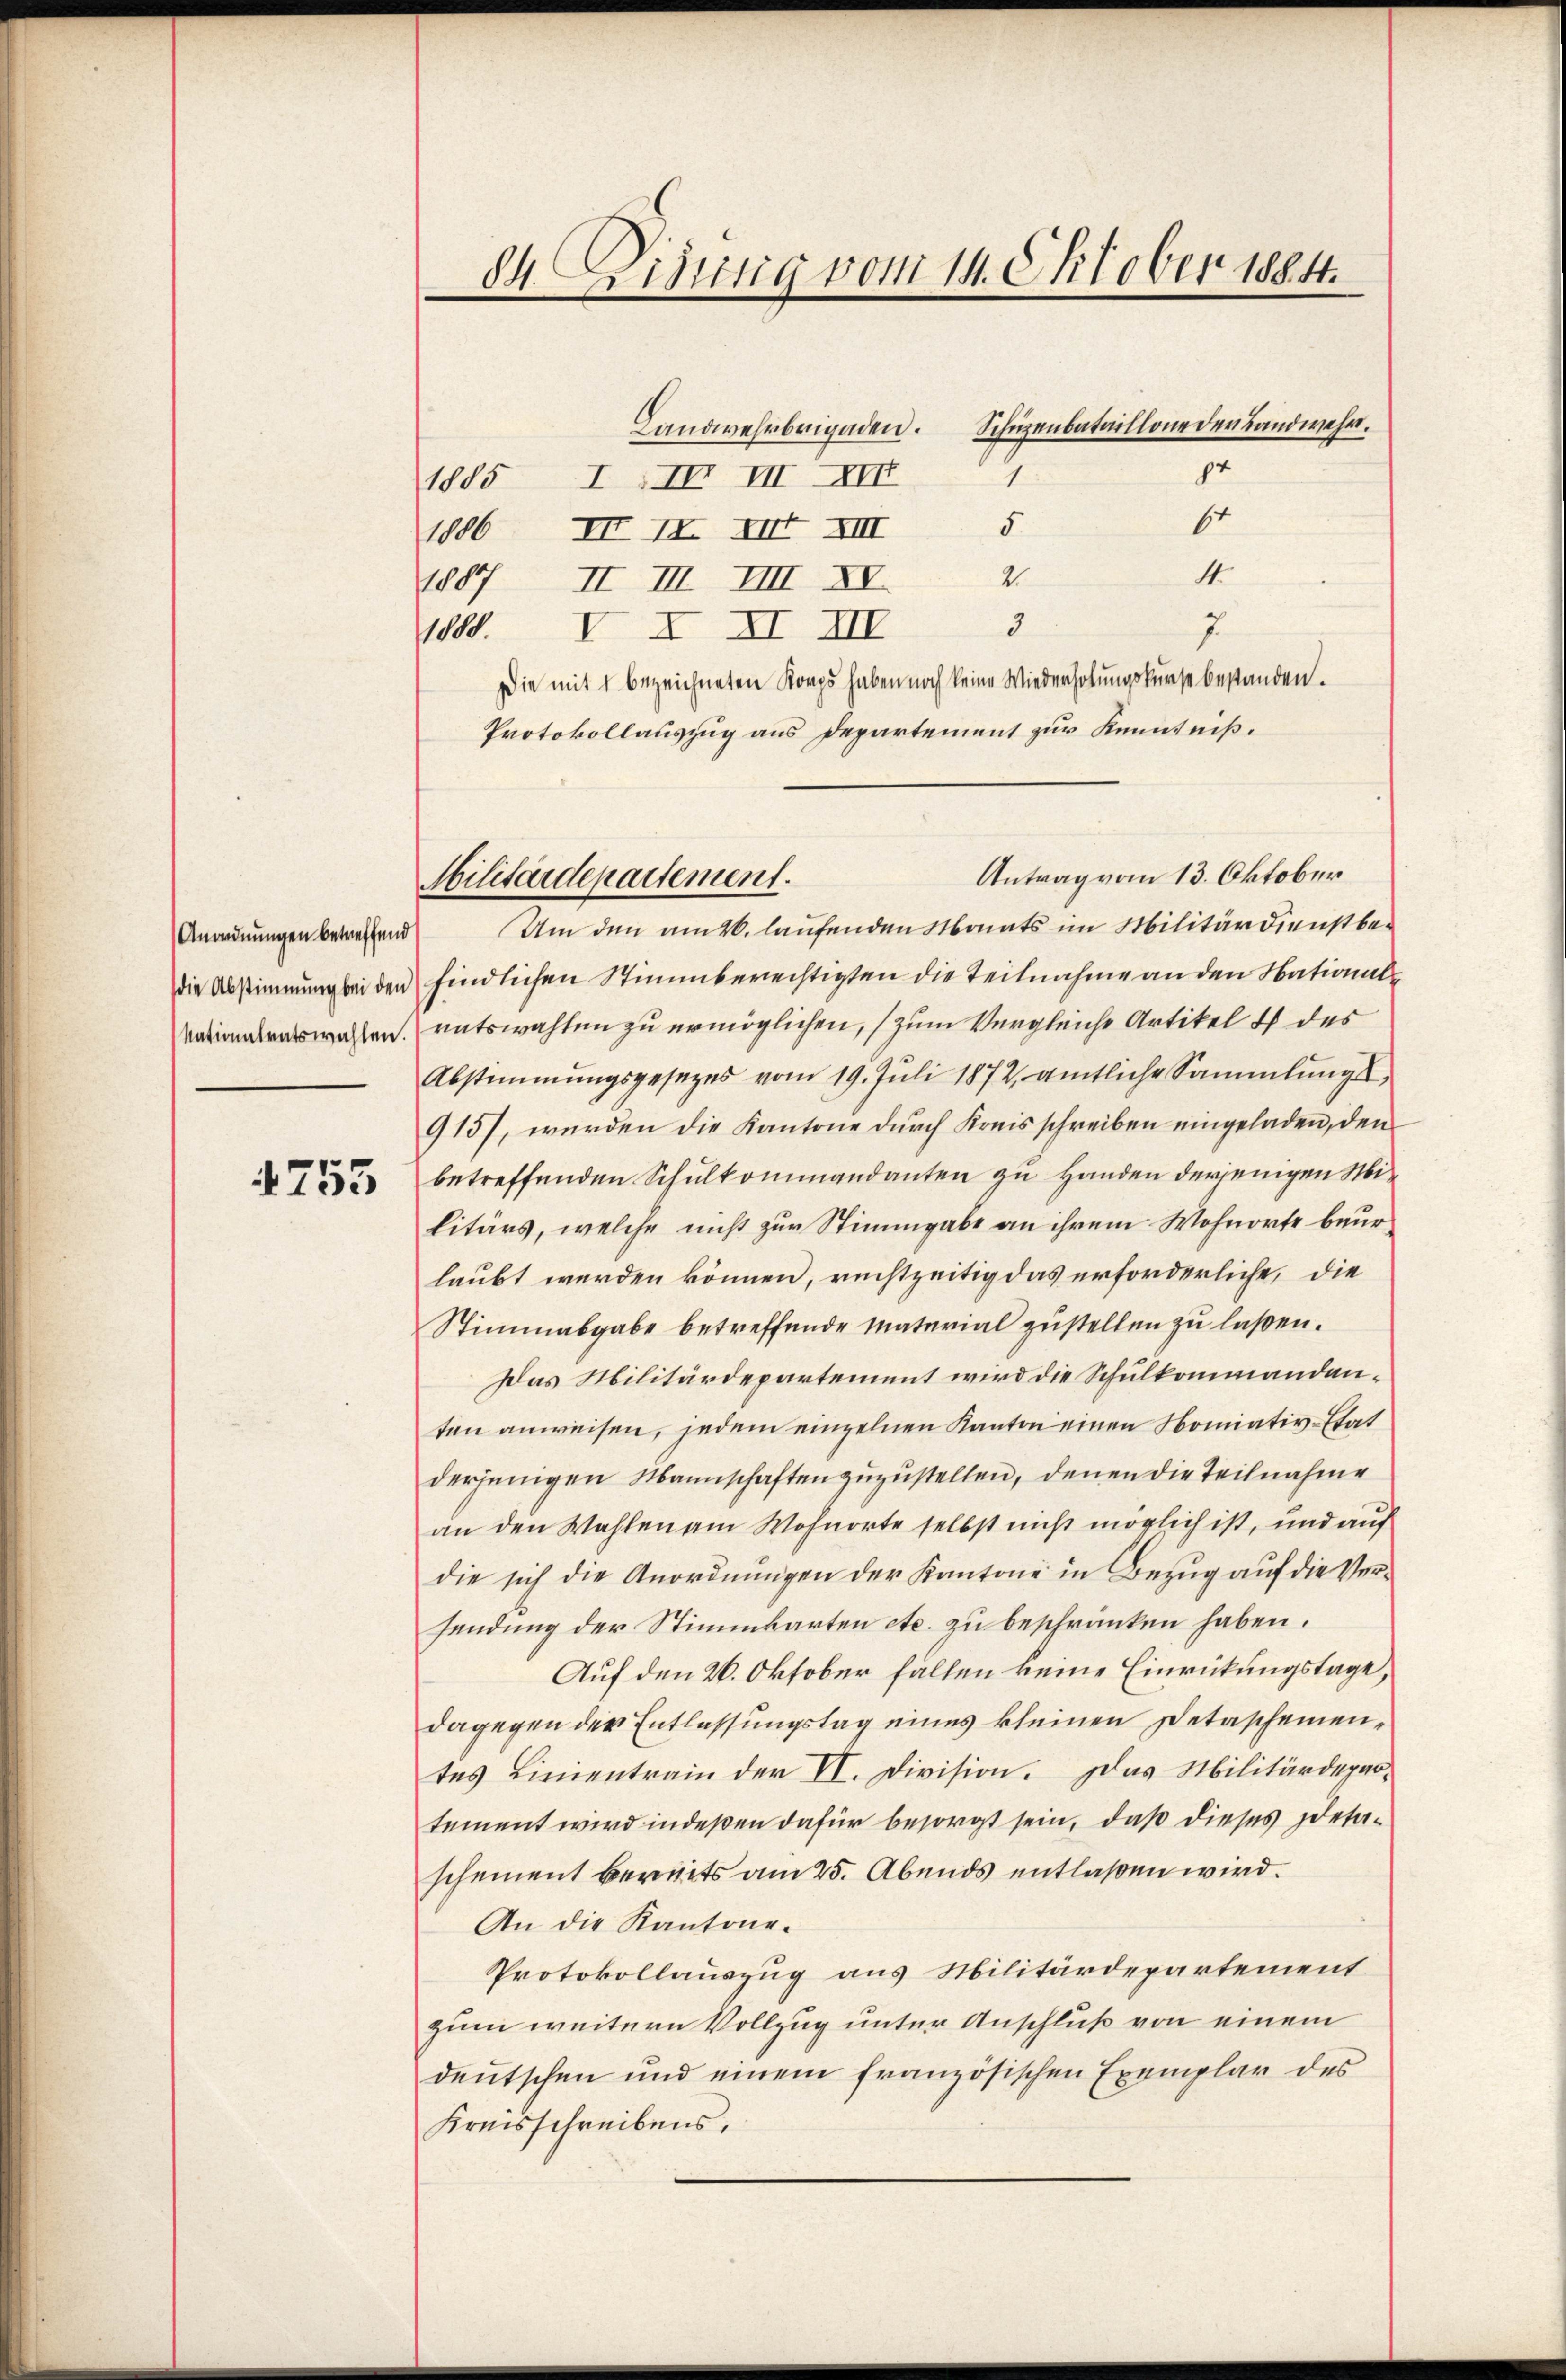
Anordnungen betreffend
die Abstimmung bei den
Nationalratswahlen.

4755

dh. Dirung vom 14. Oktober 1884.

Landwehrbrigaden. Schüzenbataillone der Landwehr.
94
1
1885 I III VII—XVII
64
5
1886 III IX XIII XIII
4
21
1887 II III IIII XI
7
3
V X XI II
1000.
Die mit 1 bezeichneten Korps haben noch keine Wiederholungskurse bestanden.
Protokollauszug aus Departement zur Kenntniß¬
Um den am 26. laufenden Monats im Militärdienstbefindlichen Stimmberechtigten die Teilnahme an den Nationalratswahlen zu ermöglichen, (zum Vergleiche Artikel u des
Abstimmungsgesezes vom 19. Jŭli 1872, amtliche Sammlungs-
915), werden die Kantone durch Kreisschreiben eingeladen, den
betreffenden Schulkommandanten zu Handen derjenigen Militärs, welche nicht zur Stimmgabe an ihrem Wohnorte beurlaubt werden können, rechtzeitig das erforderliche, die
Stimmabgabe betreffende Material zustellen zu laßen.
Das Militärdepartement wird die Schulkommandanten anweisen, jedem einzelnen Kanton einen Nomiativ-Etat
derjenigen Mannschaften zuzustellen, denen die Teilnahme
an den Wahlen am Wohnorte selbst nicht möglich ist, und auf
die sich die Anordnungen der Kantone in Bezug auf die Versendung der Stimmkarten etc. zu beschränken haben.
Auf den 26. Oktober fällen keine Einrückungstage,
dagegen der Entlassungstag eines kleinen Detascheinentes Linientrain der VI. Division. Das Militärdepotement wird indeßen dafür besorgt sein, daß dieses detaschement bereits am 25. Abends entlaßen wird.
An die Kantone.
Protokollauszug aus Militärdepartement
zum weitern Vollzug unter Anschluß von einem
deutschen und einem französischen Exemplar des
Kreisschreibens,

Antrag vom 13. Oktober
Militärdepartement.